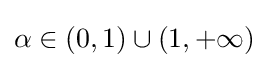
\alpha \in (0,1)\cup (1,+\infty )